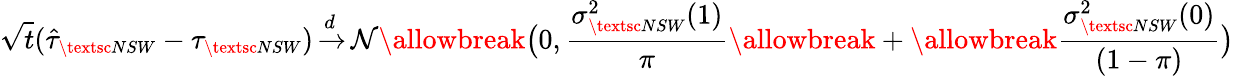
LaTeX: \sqrt{t}(\hat{\tau}_{{\small\textsc{{NSW}}}}-\tau_{{\small\textsc{{NSW}}}}){\, \overset{{\, d\, \, }}{\rightarrow}\, }{\mathcal{N}}\allowbreak\big(0,\frac{\sigma_{\small\textsc{{NSW}}}^{2}(1)}{\pi}\allowbreak+\allowbreak\frac{\sigma_{\small\textsc{{NSW}}}^{2}(0)}{(1-\pi)}\big)